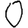
Digit: 0